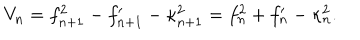
V _ { n } = f _ { n + 1 } ^ { 2 } - f _ { n + 1 } ^ { \prime } - \kappa _ { n + 1 } ^ { 2 } = f _ { n } ^ { 2 } + f _ { n } ^ { \prime } - \kappa _ { n } ^ { 2 } .